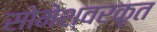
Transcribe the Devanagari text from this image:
सोमेश्वरकृत